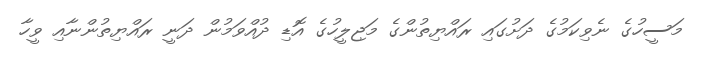
މަސީހުގެ ނެވިކަމުގެ ދަށުގައި ރައްޔިތުންގެ މަޖިލީހުގެ އޮޑި ދުއްވަމުން ދަނީ ރައްޔިތުންނާއި ވީހާ